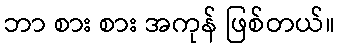
ဘာ စား စား အကုန် ဖြစ်တယ်။